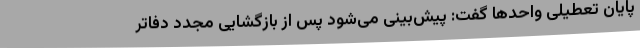
پایان تعطیلی واحدها گفت: پیش‌بینی می‌شود پس از بازگشایی مجدد دفاتر